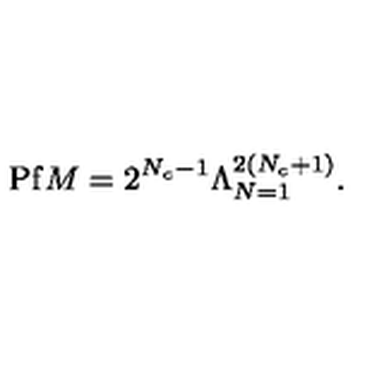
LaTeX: \mathrm { P f } M = 2 ^ { N _ { c } - 1 } \Lambda _ { N = 1 } ^ { 2 ( N _ { c } + 1 ) } .